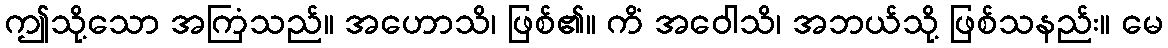
ဤသို့သော အကြံသည်။ အဟောသိ၊ ဖြစ်၏။ ကိံ အဝေါသိ၊ အဘယ်သို့ ဖြစ်သနည်း။ မေ